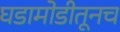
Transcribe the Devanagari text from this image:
घडामोडीतूनच